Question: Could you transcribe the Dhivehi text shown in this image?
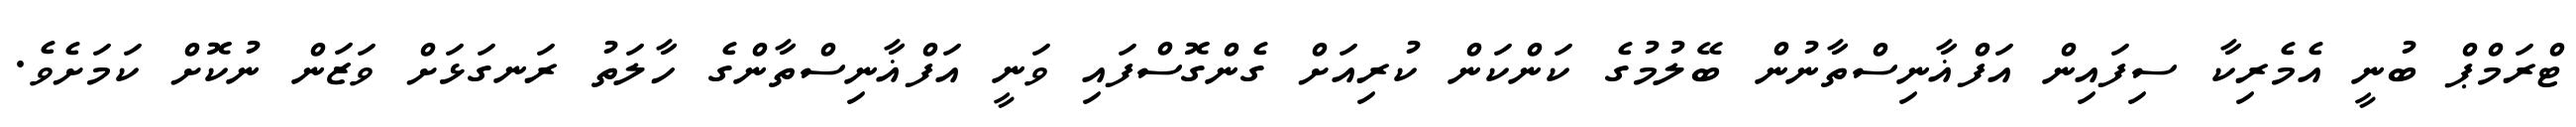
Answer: ޓްރަމްޕް ބުނީ އެމެރިކާ ސިފައިން އަފްޣާނިސްތާނުން ބޭލުމުގެ ކަންކަން ކުރިއަށް ގެންގޮސްފައި ވަނީ އަފްޣާނިސްތާންގެ ހާލަތު ރަނގަޅަށް ވަޒަން ނުކޮށް ކަމަށެވެ.